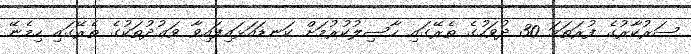
ސަރުކާރުގެ ފުރަތަމަ 30 ދުވަހުގެ ތެރޭގައި ހާސިލުކުރުމަށް ކަނޑައަޅައިފައިވާ ވަޢުދުތަކުގެ ތެރޭގައި ހިމެނޭ